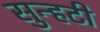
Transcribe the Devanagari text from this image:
सुन्हटी